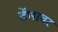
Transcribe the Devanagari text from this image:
टेंभावर